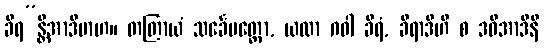
ခီရ”န္တိအာဒိမာဟ။ တတြာယံ သင်္ခေပတ္ထော, ယထာ ဂဝါ ခီရံ, ခီရာဒီဟိ စ ဒဓိအာဒီနိ